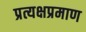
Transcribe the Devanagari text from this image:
प्रत्यक्षप्रमाण